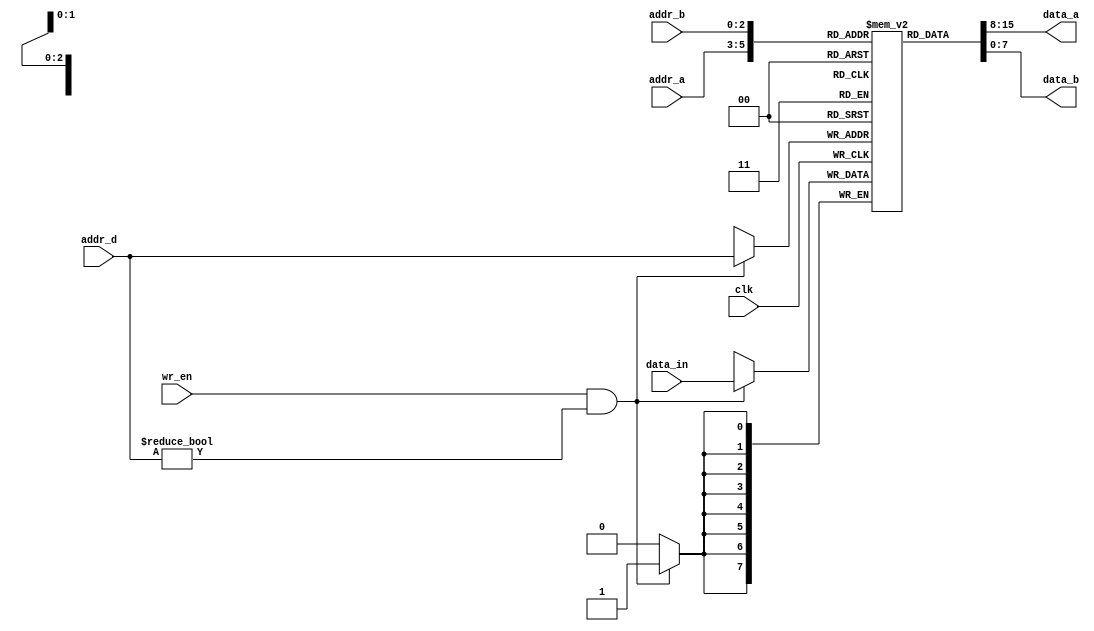
module register(
	input clk,
	input [2:0] addr_a,
	input [2:0] addr_b,
	input [2:0] addr_d,
	input [7:0] data_in,
	input wr_en,
	output [7:0] data_a,
	output [7:0] data_b
	);
    
 reg [7:0] memblk [0:7];
 assign data_a = memblk[addr_a];
 assign data_b = memblk[addr_b];
 initial
  memblk[0] = 8'b00000000;
always @ (negedge clk)
 begin
 if (wr_en && addr_d != 3'b000)
 memblk[addr_d] <= data_in;
 end
endmodule